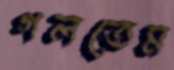
গলতেম